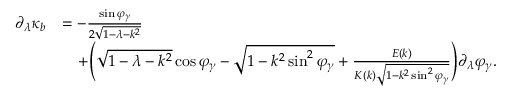
\begin{array} { r l } { \partial _ { \lambda } \kappa _ { b } } & { = - \frac { \sin \varphi _ { \gamma } } { 2 \sqrt { 1 - \lambda - k ^ { 2 } } } } \\ & { \quad + \Bigg ( \sqrt { 1 - \lambda - k ^ { 2 } } \cos \varphi _ { \gamma } - \sqrt { 1 - k ^ { 2 } \sin ^ { 2 } \varphi _ { \gamma } } + \frac { E ( k ) } { K ( k ) \sqrt { 1 - k ^ { 2 } \sin ^ { 2 } \varphi _ { \gamma } } } \Bigg ) \partial _ { \lambda } \varphi _ { \gamma } . } \end{array}